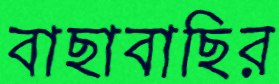
বাছাবাছির